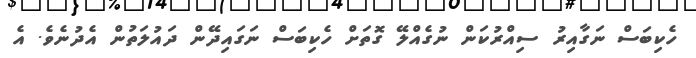
ހެކިބަސް ނަގާއިރު ސިއްރުކަން ނުގެއްލޭ ގޮތަށް ހެކިބަސް ނަގައިދޭން ދައުލަތުން އެދުނެވެ. އެ